Necessitous school children, 1922
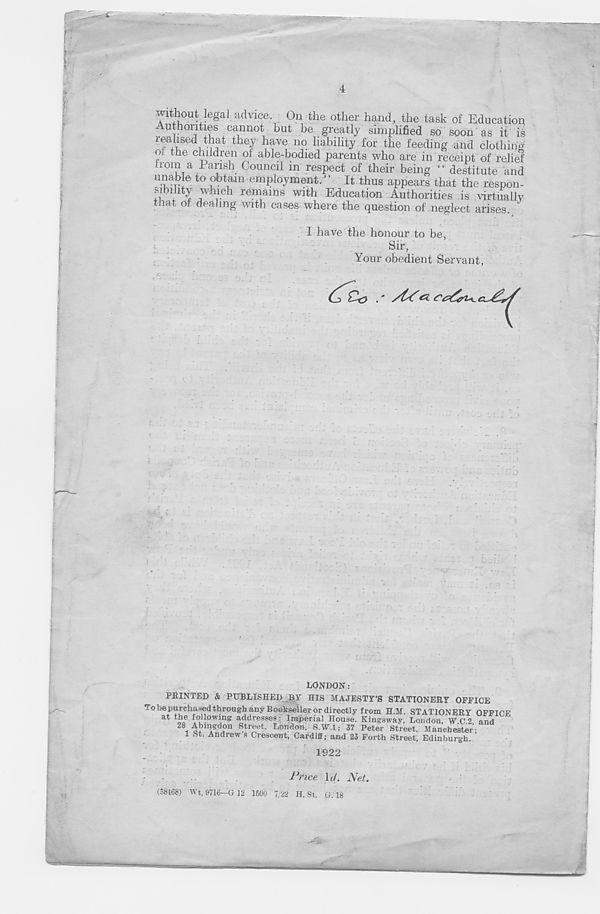
wxtWl^l advice. On the other hand, the task of Education
Authorities cannot but be greatly simplified so soon as it is
realised that they have no liability for the feeding and clothing
oi the children of able-bodied parents who are in receipt of relief
from a Parish Council in respect of their being “ destitute and
unable to obtmn employment. ’ ’ It thus appears that the respon-
sihihty which remains with Education Authorities is virtually
that of dealing with cases where the question of neglect arises.
I have the honour to be,
Sir,
Your obedient Servant,
LONDON:
FEINTED & PUBLISHED BY HIS MAJESTY’S STATIONERY OFFICE
TobepurchasedthroughanyBooksellerordirectly from H.M. STATIONERY OFFICE
at
f . O i!'- 0w i ng
rcsaes: Imperial House, Kingsway, London, W.C.2 and
26 Abingdon Street, London. S.W.l; 37 Peter Street, Manchester-
1 St. Andrew s Crescent, Cardiff; and 23 Forth Street, Edinburgh.
1922
Price Id. Net.
(38168) Wt. 9716—G 12 1500 7/22 H. St. G. 18